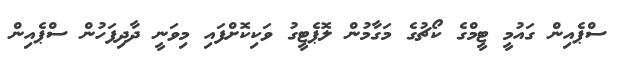
ސްޕެއިން ގައުމީ ޓީމްގެ ކޯޗުގެ މަގާމުން ލޮޕެޓީގު ވަކިކޮށްފައި މިވަނީ ދާދިފަހުން ސްޕެއިން